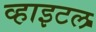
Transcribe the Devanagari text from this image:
व्हाइटल